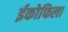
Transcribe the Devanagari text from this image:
ईकोफिला